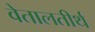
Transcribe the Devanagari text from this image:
वेतालतीर्थ